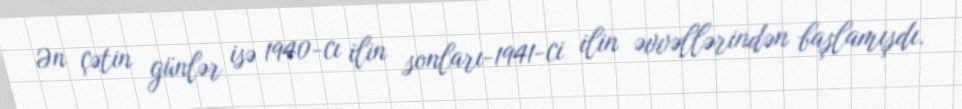
Ən çətin günlər isə 1940-cı ilin sonları-1941-ci ilin əvvəllərindən başlamışdı.